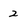
Character: 2